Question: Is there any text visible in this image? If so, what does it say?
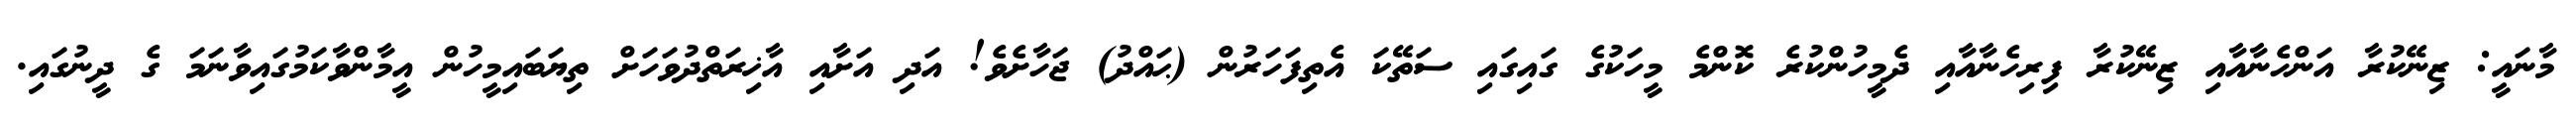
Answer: މާނައީ: ޒިނޭކުރާ އަންހެނާއާއި ޒިނޭކުރާ ފިރިހެނާއާއި ދެމީހުންކުރެ ކޮންމެ މީހަކުގެ ގައިގައި ސަތޭކަ އެތިފަހަރުން (ޙައްދު) ޖަހާށެވެ! އަދި އަށާއި އާޚިރަތްދުވަހަށް ތިޔަބައިމީހުން އީމާންވާކަމުގައިވާނަމަ ގެ ދީނުގައި.